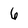
Character: 6